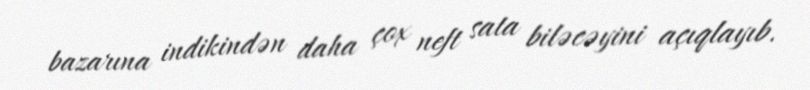
bazarına indikindən daha çox neft sata biləcəyini açıqlayıb.